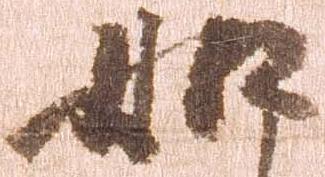
如